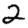
Digit: 2